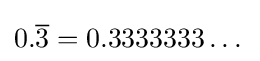
0.{\overline {3}}=0.3333333\dots